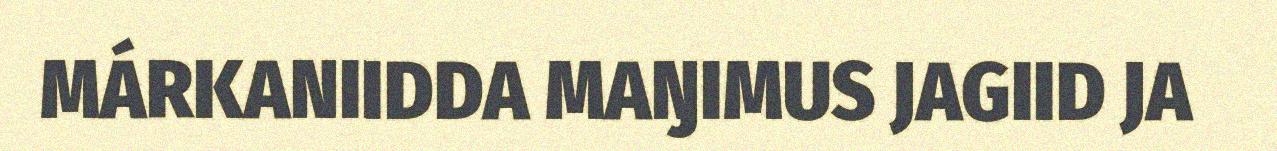
MÁRKANIIDDA MAŊIMUS JAGIID JA